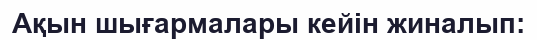
Ақын шығармалары кейін жиналып: